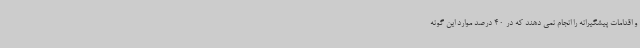
و اقدامات پیشگیرانه را انجام نمی دهند که در 40 درصد موارد این گونه